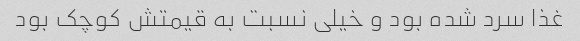
غذا سرد شده بود و خیلی نسبت به قیمتش کوچک بود